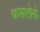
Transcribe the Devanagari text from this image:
फसलेले